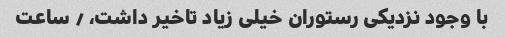
با وجود نزدیکی رستوران خیلی زیاد تاخیر داشت، ٫ ساعت